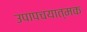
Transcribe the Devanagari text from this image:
उपापचयात्मक